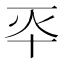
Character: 𠦓